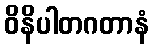
ဝိနိပါတဂတာနံ